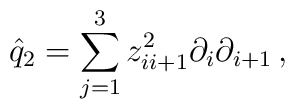
\hat{q}_2 = \sum_{j=1}^3 z_{ii+1}^2 \partial_i\partial_{i+1}\,,